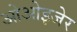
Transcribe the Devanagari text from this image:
ओओइजेर